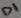
Text: D1